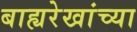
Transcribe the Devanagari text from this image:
बाह्यरेखांच्या